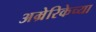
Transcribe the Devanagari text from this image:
अम्रेरिकेच्या